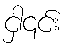
ငှါ၎င်း